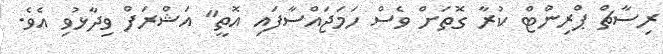
ރިސާޗް ޕްރިންޓް ކުރާ ގޮތަށް ވެސް ހަމަޖައްސާފައި އޮތީ" އަޝްރަފް ވިދާޅުވި އެވެ.